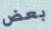
بعض